Education (Scotland) Act, 1918, 1918
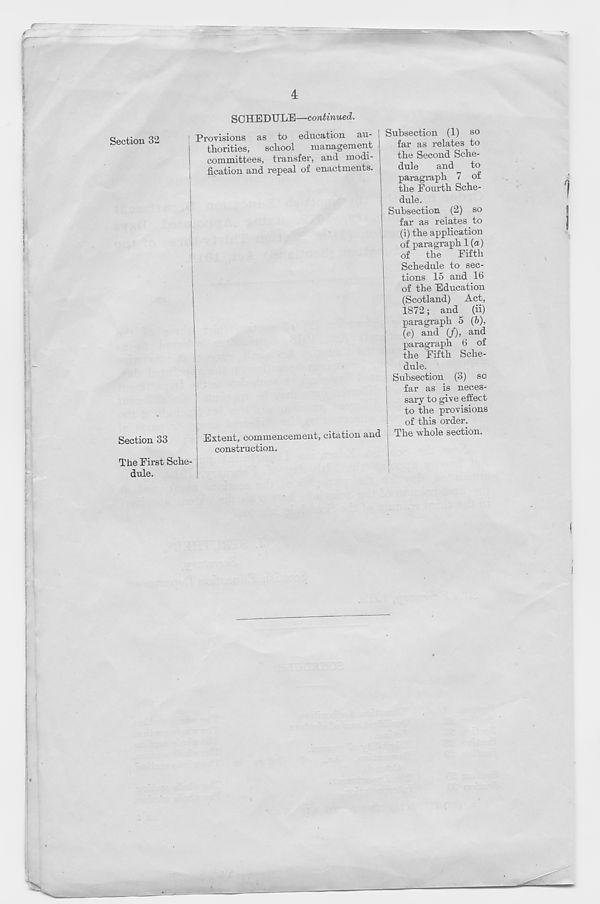
Section 32
Section 33
The First Sche-
dule.
SCHEDULE—continued.
Subsection (1) so
far as relates to
the Second Sche-
dule
and
to
paragraph 7 of
the Fourth Sche-
dule.
Subsection (2) so
far as relates to
(i) the application
of paragraph 1 (a)
of the
Fifth
Schedule to sec-
tions 15 and 16
of the Education
(Scotland) Act,
1872; and (ii)
paragraph 5 (5),
(e) and (/), and
paragraph 6 of
the Fifth Sche-
dule.
! Subsection (3) sc
far as is neces-
j
sary to give effect
|
to the provisions
of this order.
Extent, commencement, citation and The whole section,
construction.
Provisions as to education an- ,
thorities, school management
committees, transfer, and modi- |
fication and repeal of enactments, j